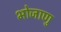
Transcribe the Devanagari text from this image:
भोजाणु